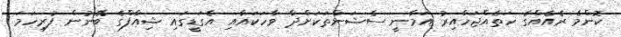
ކޮންމެ ރެއެއްގެ ހަތެއްޖަހާއިރު އަމާނީ ސެޝަންތަކަށްދާ ވާހަކައާއި އެގަޑީގައި ޝިއާފްގެ ބޭނުން ފުރިހަމަ